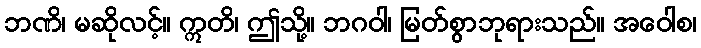
ဘဏိ၊ မဆိုလင့်။ ဣတိ၊ ဤသို့။ ဘဂဝါ၊ မြတ်စွာဘုရားသည်။ အဝေါစ၊